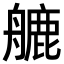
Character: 𦪇